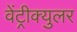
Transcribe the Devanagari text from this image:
वेंट्रीक्युलर